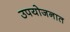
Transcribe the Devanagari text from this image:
उपयोजनात